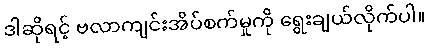
ဒါဆိုရင့် ဗလာကျင်းအိပ်စက်မှုကို ရွေးချယ်လိုက်ပါ။